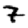
Digit: 7